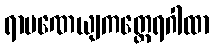
ရာမဏေယျကတ္ထေရဂါထာ